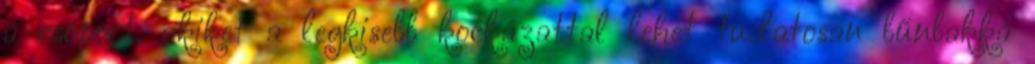
a csoport, akiket a legkisebb kockázattal lehet tudatosan bűnbakká